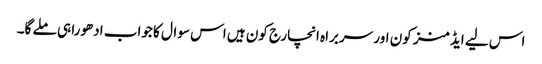
اس لیے ایڈمنز کون اور سربراہ انچارج کون ہیں اس سوال کا جواب ادھورا ہی ملے گا۔